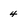
Character: 4